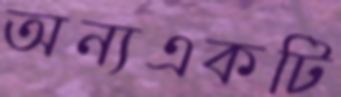
অন্যএকটি